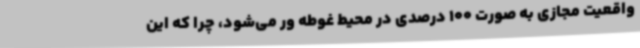
واقعیت مجازی به صورت 100 درصدی در محیط غوطه ور می‌شود، چرا که این